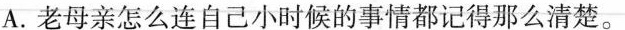
A.老母亲怎么连自己小时候的事情都记得那么清楚。